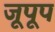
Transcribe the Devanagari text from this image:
जूपूप